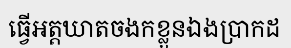
ធ្វើអត្តឃាតចងកខ្លួនឯងប្រាកដ